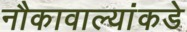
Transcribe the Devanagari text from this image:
नौकावाल्यांकडे